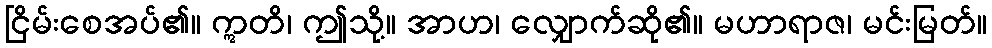
ငြိမ်းစေအပ်၏။ ဣတိ၊ ဤသို့။ အာဟ၊ လျှောက်ဆို၏။ မဟာရာဇ၊ မင်းမြတ်။